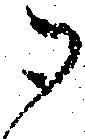
御